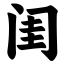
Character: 闺